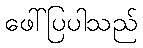
ဖေါ်ပြပါသည်